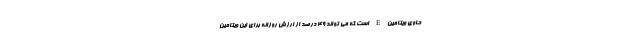
حاوی ویتامین E است که می تواند 49 درصد از ارزش روزانه برای این ویتامین